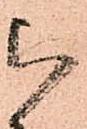
被